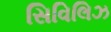
સિવિલિઝ